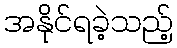
အနိုင်ရခဲ့သည့်